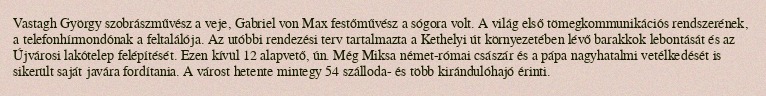
Vastagh György szobrászművész a veje, Gabriel von Max festőművész a sógora volt. A világ első tömegkommunikációs rendszerének, a telefonhírmondónak a feltalálója. Az utóbbi rendezési terv tartalmazta a Kethelyi út környezetében lévő barakkok lebontását és az Újvárosi lakótelep felépítését. Ezen kívül 12 alapvető, ún. Még Miksa német-római császár és a pápa nagyhatalmi vetélkedését is sikerült saját javára fordítania. A várost hetente mintegy 54 szálloda- és több kirándulóhajó érinti.